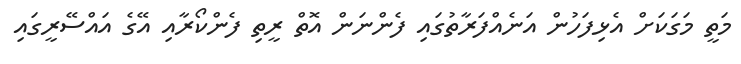
މަތީ މަގަކަށް އެޅިފަހުން އަނެއްފަރާތުގައި ފެންނަން އޮތް ރީތި ފެންކޯރާއި އޭގެ އައްސޭރީގައި